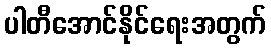
ပါတီအောင်နိုင်ရေးအတွက်